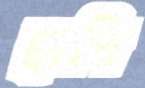
ছাপি